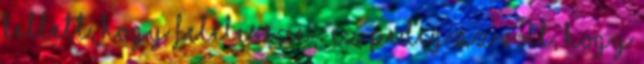
kellett, hogy felélessze – ez pedig az volt, hogy